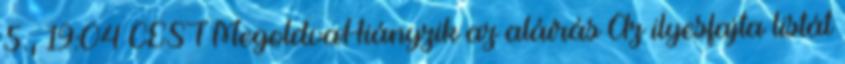
5., 19:04 CEST MegoldvaHiányzik az aláírás Az ilyesfajta listát